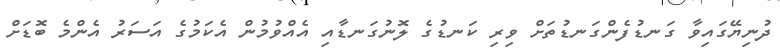
ދުނިޔޭގައިވާ ގަނޑުފެންގަނޑުތަށް ވިރި ކަނޑުގެ ލޮނުގަނޑާއި އެއްވުމުން އެކަމުގެ އަސަރު އެންމެ ބޮޑަށް